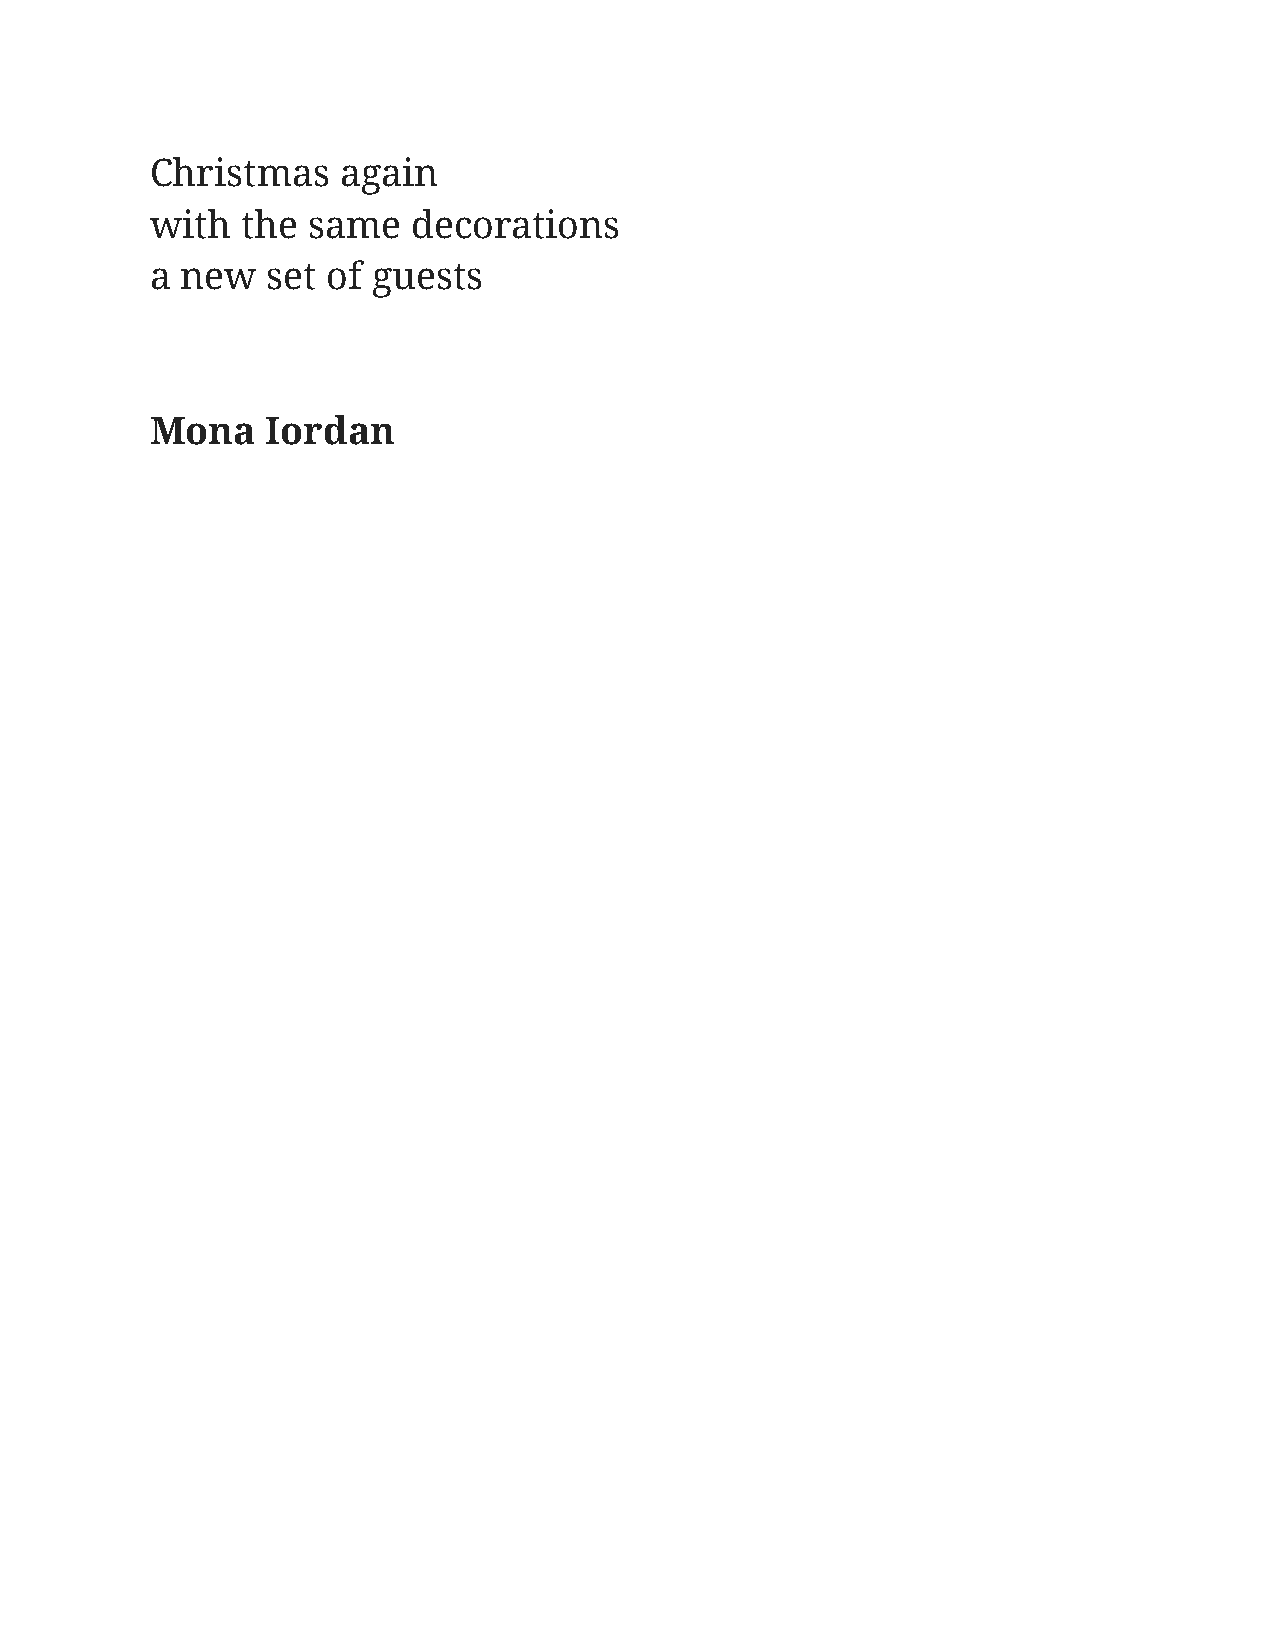
Christmas   again
 with  the same   decorations
 a new   set of guests
 Mona    Iordan